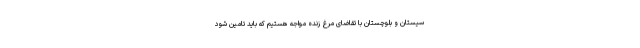
سیستان و بلوچستان با تقاضای مرغ زنده مواجه هستیم که باید تامین شود